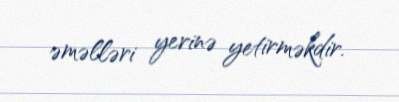
əməlləri yerinə yetirməkdir.